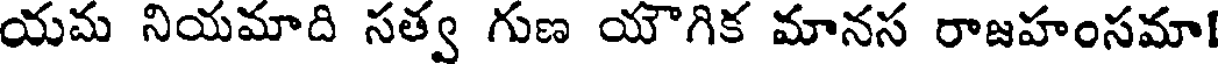
యమ నియమాది సత్వ గుణ యౌగిక మానస రాజహంసమా